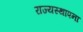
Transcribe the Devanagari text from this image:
राज्यस्थापना